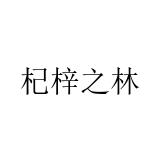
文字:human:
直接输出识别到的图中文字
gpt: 杞梓之林